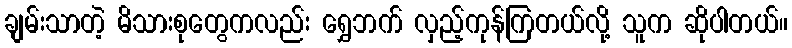
ချမ်းသာတဲ့ မိသားစုတွေကလည်း ရွှေဘက် လှည့်ကုန်ကြတယ်လို့ သူက ဆိုပါတယ်။